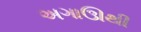
અગાઊથી